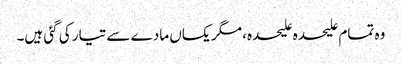
وہ تمام علیحدہ علیحدہ، مگر یکساں مادے سے تیار کی گئی ہیں۔